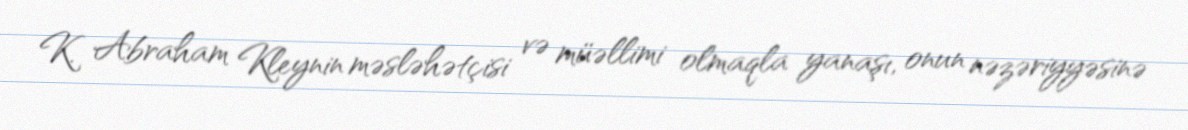
K. Abraham Kleynin məsləhətçisi və müəllimi olmaqla yanaşı, onun nəzəriyyəsinə